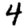
Digit: 4